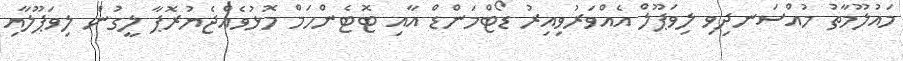
މައުލޫމާތު މުއްސަނދިވި ލިވަޕޫލް އެއްވަރުވިއިރު ޑޯޓްމަންޑް އާއި ޓޮޓެންހަމް މޮޅުވެއްޖެޔުރޮޕާ ލީގުން ލިވަޕޫލާއި